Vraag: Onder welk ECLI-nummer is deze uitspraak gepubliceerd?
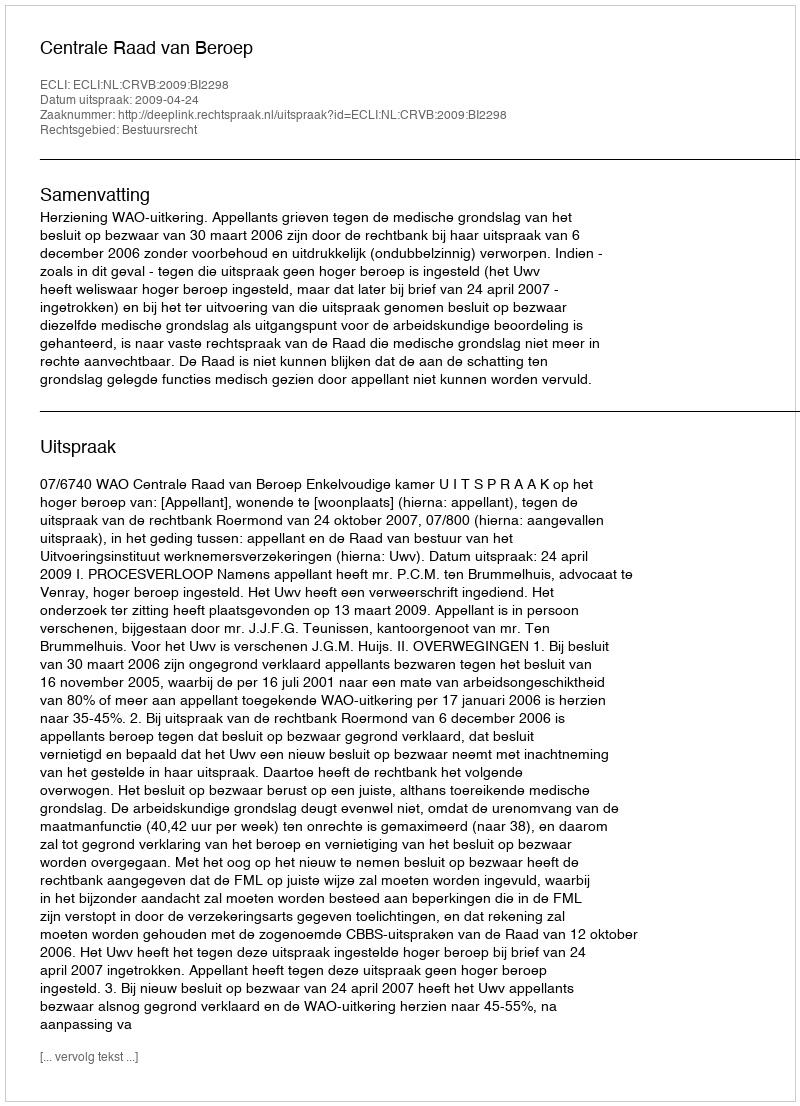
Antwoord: ECLI:NL:CRVB:2009:BI2298